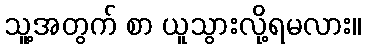
သူ့အတွက် စာ ယူသွားလို့ရမလား။